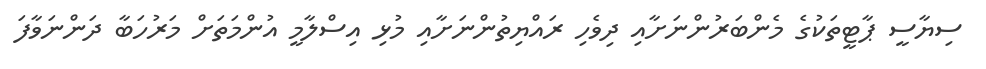
ސިޔާސީ ޕާޓީތަކުގެ މެންބަރުންނަށާއި ދިވެހި ރައްޔިތުންނަށާއި މުޅި އިސްލާމީ އުންމަތަށް މަރުހަބާ ދަންނަވާފަ